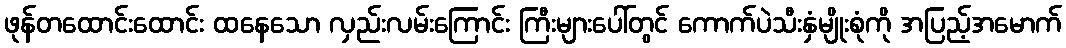
ဖုန်တထောင်းထောင်း ထနေသော လှည်းလမ်းကြောင်း ကြီးများပေါ်တွင် ကောက်ပဲသီးနှံမျိုးစုံကို အပြည့်အမောက်